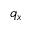
q _ { x }